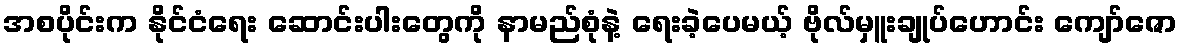
အစပိုင်းက နိုင်ငံရေး ဆောင်းပါးတွေကို နာမည်စုံနဲ့ ရေးခဲ့ပေမယ့် ဗိုလ်မှူးချုပ်ဟောင်း ကျော်ဇော